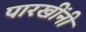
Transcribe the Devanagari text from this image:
पारखींनी